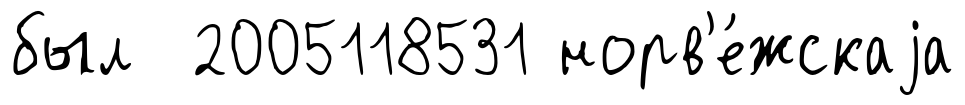
был 2005118531 норв'е́жскаjа